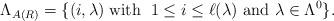
LaTeX: \begin{align*}\Lambda_{A(R)}=\{(i,\lambda)\; \mbox{with }\;1\le i\le \ell(\lambda) \mbox{ and }\lambda\in \Lambda^0\}.\end{align*}